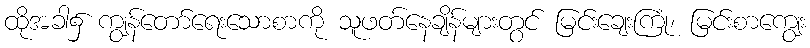
ထိုအခါ၌ ကျွန်တော်ရေးသောစာကို သူဖတ်နေချိန်များတွင် မြင်းချေးကြုံ၊ မြင်းစာကျွေး